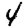
Digit: 4